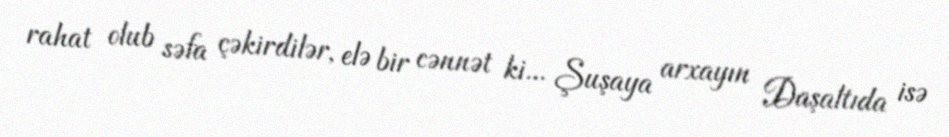
rahat olub səfa çəkirdilər, elə bir cənnət ki... Şuşaya arxayın Daşaltıda isə